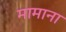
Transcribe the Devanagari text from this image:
मामाना